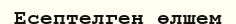
Есептелген өлшем